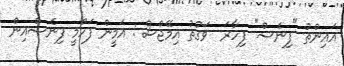
އައިންތު "ފިނެސް" ފިހާރަ  ވަގުތު އިމޭޖްސް : އަމީން ފަހްމީ ފިނެސްއިން